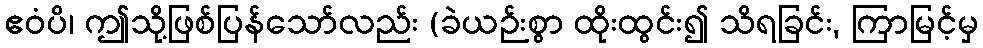
ဧဝံပိ၊ ဤသို့ဖြစ်ပြန်သော်လည်း (ခဲယဉ်းစွာ ထိုးထွင်း၍ သိရခြင်း, ကြာမြင့်မှ